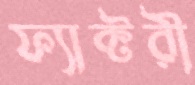
ফ্যাক্টরী